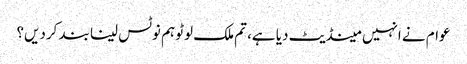
عوام نے انہیں مینڈیٹ دیا ہے، تم ملک لوٹو ہم نوٹس لینا بند کردیں؟